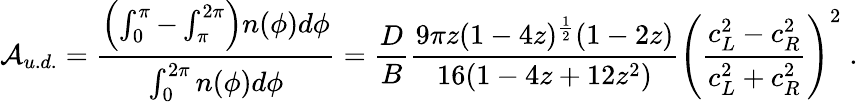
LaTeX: {\cal A}_{u.d.}={\frac{\left(\int_{0}^{\pi}-\int_{\pi}^{2\pi}\right)n(\phi)d\phi}{\int_{0}^{2\pi}n(\phi)d\phi}}={\frac{D}{B}}{\frac{9\pi z(1-4z)^{\frac{1}{2}}(1-2z)}{16(1-4z+12z^{2})}}\left({\frac{c_{L}^{2}-c_{R}^{2}}{c_{L}^{2}+c_{R}^{2}}}\right)^{2}\; .